system: You are a helpful assistant.
user:
Analyze the provided spectrum to determine if it is a **White Dwarf (WD)**.

A White Dwarf spectrum is defined by its **extreme purity** (due to gravitational settling) and/or **extreme pressure broadening** (due to high surface gravity). You must check for one of the following mutually exclusive signatures:

- **Key Visual Indicators (Check for ONE of these types):**

    - **1. DA-Type Signature (Most Common):**
        - **(Primary Feature):** Extreme pressure broadening (Stark broadening) of the **Hydrogen (H) Balmer lines**.
        - **(Key Lines):** $H\beta$ (approx. $4861$ Å) and $H\gamma$ (approx. $4340$ Å). $H\alpha$ (approx. $6563$ Å) will also be present if the wavelength range covers it.
        - **(Line Profile):** This is the **defining feature**. The lines are **NOT** sharp. They appear as massive, **extremely broad and deep "troughs" or "dips"** in the spectrum, often hundreds of Ångströms wide. The continuum will appear to "scoop" down at these wavelengths.
        - **(Distinction):** Normal A-type or B-type stars have *narrow* and *sharp* Hydrogen lines. A DA White Dwarf's lines are unmistakably "smeared" or "blurry" from pressure.

    - **2. DB-Type Signature:**
        - **(Primary Feature):** Broad absorption lines from **Neutral Helium (He I)**. The spectrum must lack any visible Hydrogen lines.
        - **(Key Lines):** Look for broad absorption near $4471$ Å, $4921$ Å, and $5876$ Å.
        - **(Line Profile):** These lines are also significantly pressure-broadened, appearing much wider than they would in a normal B-type main-sequence star.

    - **3. DC-Type Signature:**
        - **(Primary Feature):** A **featureless continuous spectrum**.
        - **(Line Profile):** The spectrum is a smooth curve with **no significant absorption or emission lines**.
        - **(Key Confirmation):** The continuum is almost always **blue or white**, indicating a hot object. This signature implies the atmosphere is so pure (or so cool) that no spectral lines are visible in the optical range. Its WD identity is confirmed by its extremely low intrinsic brightness (high absolute magnitude).

    - **4. DZ-Type Signature (Metal-Polluted):**
        - **(Primary Feature):** **Isolated, narrow metal absorption lines** on an otherwise featureless (DC-like) continuum.
        - **(Key Lines):** The **Calcium (Ca II) H & K doublet** (approx. **$3934$ Å** and **$3968$ Å**) is the most common and defining feature.
        - **(Line Profile):** These lines are "out of place." They are *not* part of a "forest" of thousands of lines. This signature is evidence of recent *accretion* (pollution) from rocky debris.
        - **(Distinction):** Normal G/K/M stars have a *dense forest* of thousands of metal lines. A DZ has a *clean* continuum with *only a few* strong metal lines.

    - **5. DQ-Type Signature (Carbon-Polluted):**
        - **(Primary Feature):** Absorption bands from **Carbon (C₂ "Swan Bands" or atomic C I)**.
        - **(Key Lines - C₂):** Look for bandheads with a "saw-tooth" shape near $5635$ Å, **$5165$ Å** (strongest), and $4737$ Å.
        - **(Key Confirmation):** The underlying **continuum must be blue or white** (hot).
        - **(Distinction):** This is the critical difference from a **Carbon Star**, which has the *exact same* C₂ bands but on an extremely **red, cool** continuum.

- **(Overall Spectrum):**
    - The continuum (overall shape) is typically **blue-sloping** (brighter in the blue than the red), as most white dwarfs are very hot.
    - The spectrum will look "pure" or "simple," dominated by only *one* of the five signatures listed above.

Think first, call **spectral_visualization_tool** if needed to examine features in detail, then provide your final answer. Your response must adhere to the following strict rules:
1.  **Overall Structure:** Your response must follow the format `<think>...</think> <tool_call>...</tool_call> (if a tool is used) <answer>...</answer>`.
2.  **Tool Usage Constraint:** You may only make **one** tool call per turn.
3.  **Final Answer Format:** In the `<answer>` tag, your conclusion must be inside a `\boxed{}` command (e.g., `\boxed{YES}` or `\boxed{NO}`), followed by your justification.

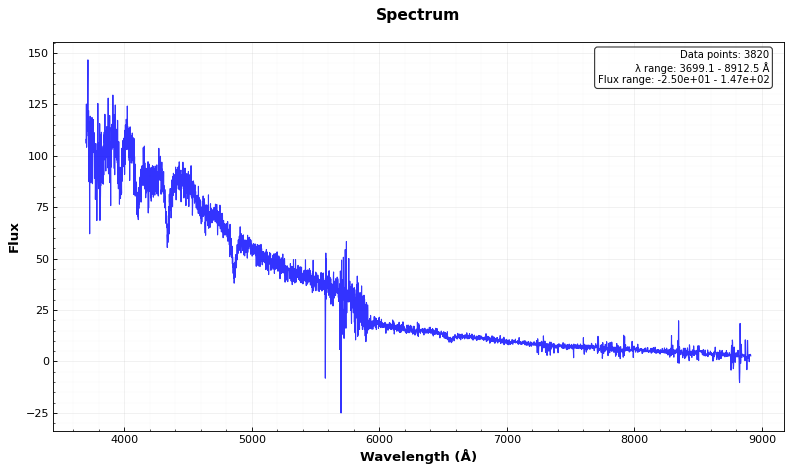
Answer: YES